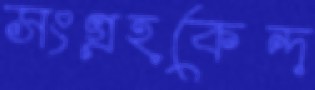
সংগ্রহকেন্দ্